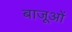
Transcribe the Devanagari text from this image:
बाजूओं